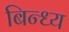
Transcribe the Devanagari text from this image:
बिन्ध्य